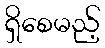
ရှိစေမည့်